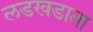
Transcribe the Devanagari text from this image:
लडखडाता